Problem: 17 + 2 = ?
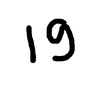
Handwritten answer: 19